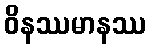
ဝိနဿမာနဿ